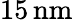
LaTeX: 15\, \mathrm{nm}